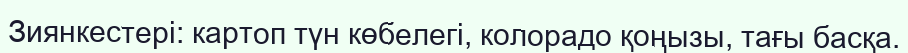
Зиянкестері: картоп түн көбелегі, колорадо қоңызы, тағы басқа.